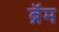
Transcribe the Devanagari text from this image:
ब्रॅम